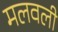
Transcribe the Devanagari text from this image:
मलवली